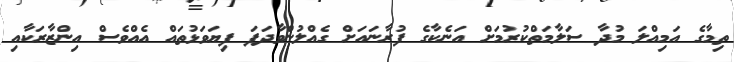
ތިމާގެ އަމިއްލަ މުދާ ސަލާމަތްކުރުމަށް އަނެކާގެ ފުރާނައަށް ގެއްލުންވާދަފަ ފިޔަވަޅުތައް އެއްވެސް އިންޒާރަކާއި